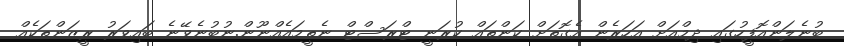
ބުނެލަންއޮފީހުގައި ދިމްއަށް އަހަރެން އެގޮތަށް ކަންތައް ކުރަނީ ޓްރަސްޓް ނެތީމައެއްނޫން.ނުބުނެވޭނެ ބައިވަރު ރީޒަންތަކެއް